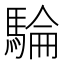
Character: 𩤇